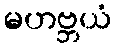
မဟဗ္ဘယံ